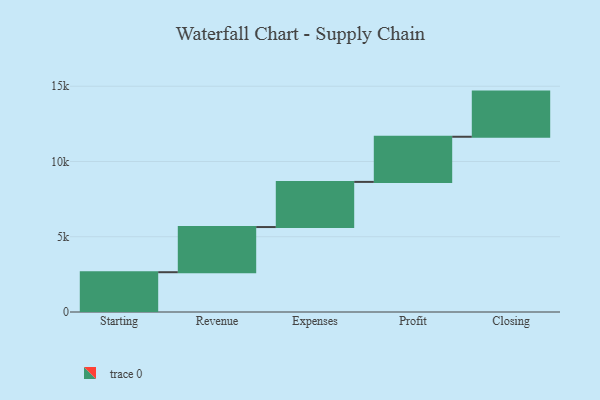
{"axis": {"x": "Step", "y": "Value"}, "legend": [""], "data": [{"x": "Starting", "y": 2644.0, "type": ""}, {"x": "Revenue", "y": 3000, "type": ""}, {"x": "Expenses", "y": 3000, "type": ""}, {"x": "Profit", "y": 3000, "type": ""}, {"x": "Closing", "y": 3000, "type": ""}]}